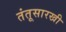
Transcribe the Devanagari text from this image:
तंतूसारखी